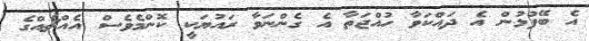
އެ ބޭފުޅުން އެ ދައްކަވާ ހުއްޖަތާ އެ ގެންނަވާ ރައުޔަކީ ކޮންމެވެސް އެއްޗެއްގެ